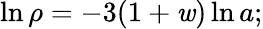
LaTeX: \ln{\rho}=-3(1+\mathit{w})\ln{a};